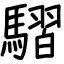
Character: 騽